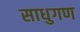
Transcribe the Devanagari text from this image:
साधुगण